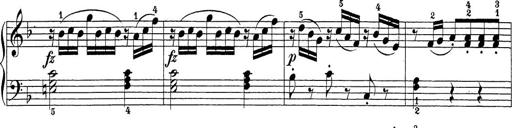
Title: Sonatina Album
Composer: Louis KÃ¶hler